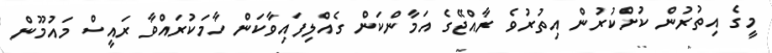
މީގެ އިތުރުން ކުށްކުރުން އިތުރުވެ ރާއްޖޭގެ އަމާންކަން ގެއްލިފައިވާކަން ހާމަކުރައްވާ ރައީސް މައުމޫން